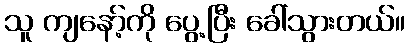
သူ ကျနော့်ကို ပွေ့ပြီး ခေါ်သွားတယ်။